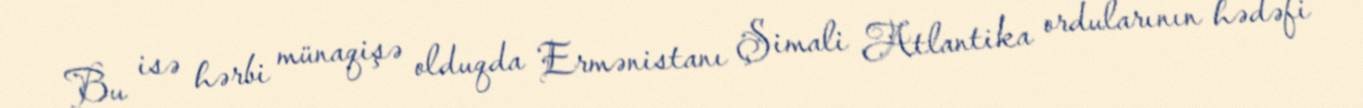
Bu isə hərbi münaqişə olduqda Ermənistanı Şimali Atlantika ordularının hədəfi